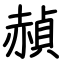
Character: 赬